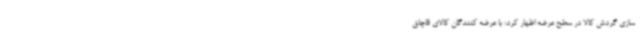
سازی گردش کالا در سطح عرضه اظهار کرد: با عرضه کنندگان کالای قاچاق